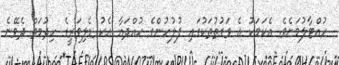
ހުއްޓާލުމަށެވެ. އެކަމަކު އެ ވަގުތުތަކުގައި ފުލުހުންގެ ހުއްދައާ އެކު ޑެލިވަރީގެ ހިދުމަތް ދެވޭނެ